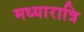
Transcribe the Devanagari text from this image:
मध्यारात्रि